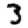
Digit: 3